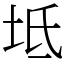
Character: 坻